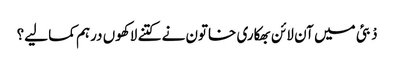
دْبئی میں آن لائن بھکاری خاتون نے کتنے لاکھوں درہم کما لیے؟